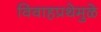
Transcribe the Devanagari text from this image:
विवाहप्रथेमुळे